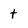
Character: t